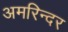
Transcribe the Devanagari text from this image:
अमरिन्दर